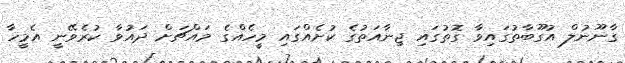
ގާނޫނުލް އުގޫބާތުގައިވާ ގޮތުގައި ޖިނާއަތުގެ ކުށެއްގައި މީހެއްގެ މައްޗަށް ދައުވާ ކުރެވޭނީ އެމީހާ